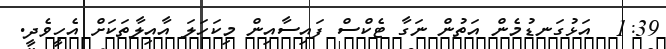
1:39  އަޅުގަނޑުމެން އަތުން ނަގާ ޓެކްސް ފައިސާއިން މިކަހަލަ އާއިލާތަކަށް އެހީވެދީ.